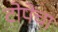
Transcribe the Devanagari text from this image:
टोपेंचा